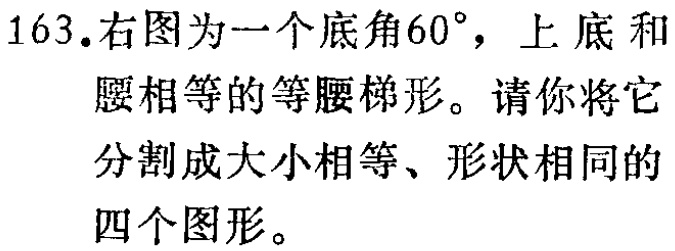
163.右图为一个底角\(60^{\circ}\)，上底和腰相等的等腰梯形。请你将它分割成大小相等、形状相同的四个图形。